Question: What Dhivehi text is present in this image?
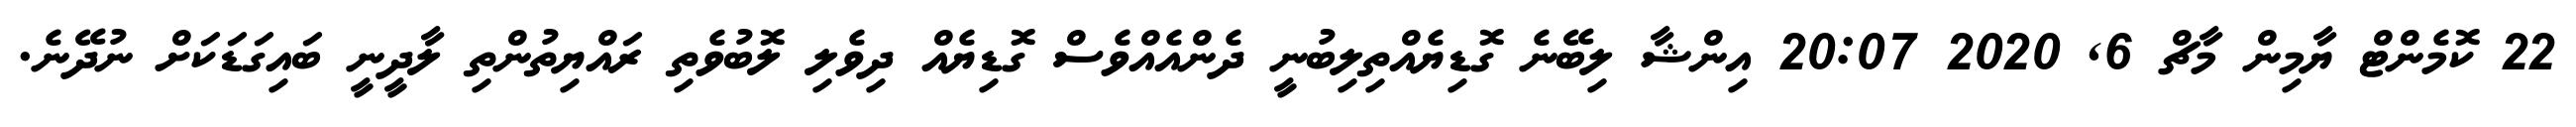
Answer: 22 ކޮމެންޓް ޔާމިން މާޗް 6, 2020 20:07 އިންޝާ ލިބޭނެ ގޮޑިޔެއްތިލިބުނީ ދެންއެއްވެސް ގޮޑިޔެއް ދިވެލި ލޮބުވެތި ރައްޔިތުންތި ލާދީނީ ބައިގަޑަކަށް ނުދޭނެ.